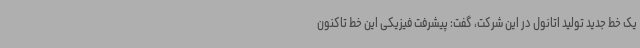
یک خط جدید تولید اتانول در این شرکت، گفت: پیشرفت فیزیکی این خط تاکنون